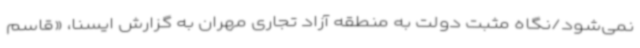
نمی‌شود/نگاه مثبت دولت به منطقه آزاد تجاری مهران به گزارش ایسنا، «قاسم